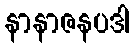
နာနာဇနပဒါ